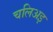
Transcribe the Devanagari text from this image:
चलिअइ